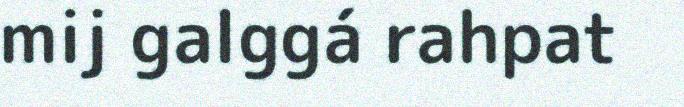
mij galggá rahpat